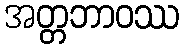
အတ္တဘာဝဿ